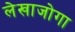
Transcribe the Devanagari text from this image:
लेखाजोगा